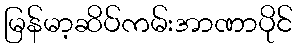
မြန်မာ့ဆိပ်ကမ်းအာဏာပိုင်